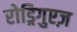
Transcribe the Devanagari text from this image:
रोड्रिगुएज़